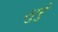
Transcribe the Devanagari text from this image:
शुरेु